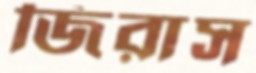
জিরাস